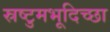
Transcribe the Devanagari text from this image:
स्रष्टुमभूदिच्छा